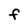
Character: F